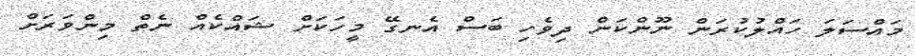
މައްސަލަ ހައްލުކުރަން ނޫންކަން ދިވެހި ބަސް އެނގޭ މީހަކަށް ޝައްކެއް ނެތް މިންވަރަށް